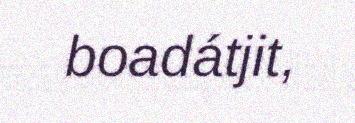
boadátjit,